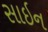
સાઇન